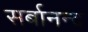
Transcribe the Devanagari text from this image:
सर्बानन्द